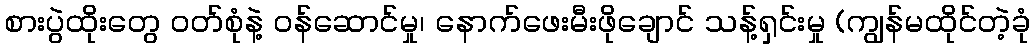
စားပွဲထိုးတွေ ဝတ်စုံနဲ့ ဝန်ဆောင်မှု၊ နောက်ဖေးမီးဖိုချောင် သန့်ရှင်းမှု (ကျွန်မထိုင်တဲ့ခုံ